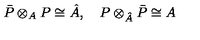
\bar { P } \otimes _ { A } P \cong \hat { A } , \quad P \otimes _ { \hat { A } } \bar { P } \cong A